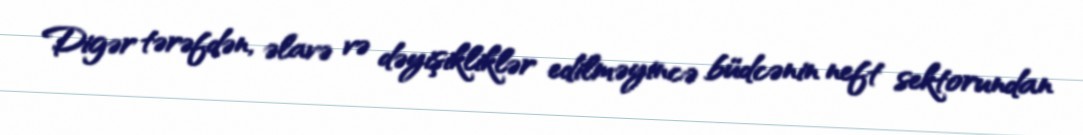
Digər tərəfdən, əlavə və dəyişikliklər edilməyincə büdcənin neft sektorundan